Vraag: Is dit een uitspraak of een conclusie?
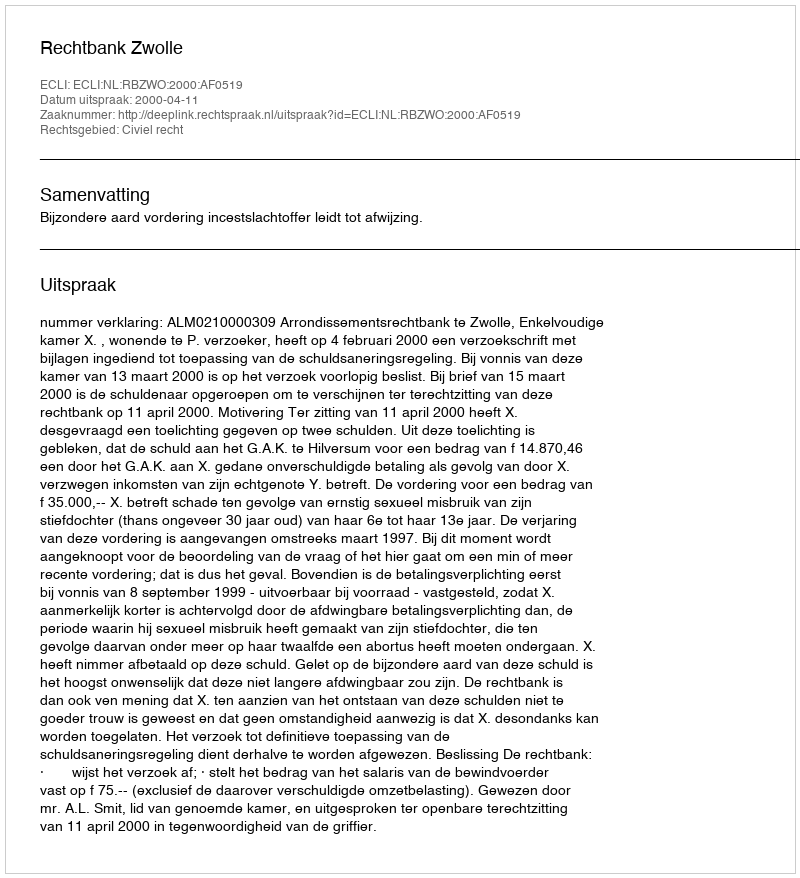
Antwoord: Uitspraak